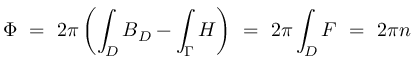
\Phi \ = \ 2 \pi \left( \int _ { D } B _ { D } - \int _ { \Gamma } H \right) \ = \ 2 \pi \int _ { D } F \ = \ 2 \pi n